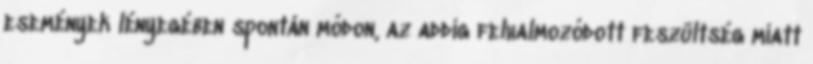
események lényegében spontán módon, az addig felhalmozódott feszültség miatt